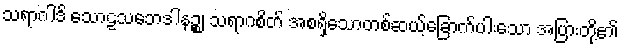
သရာဂါဒိ သောဠသဘေဒါနဉ္စ၊ သရာဂစိတ် အစရှိသောတစ်ဆယ့်ခြောက်ပါးသော အပြားတို့၏